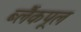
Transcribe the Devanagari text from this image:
ब्लैंकपूल